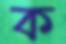
ক